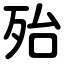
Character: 殆